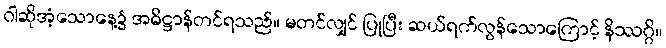
ဝါဆိုအံ့သောနေ့၌ အဓိဋ္ဌာန်တင်ရသည်။ မတင်လျှင် ပြုပြီး ဆယ်ရက်လွန်သောကြောင့် နိဿဂ္ဂိ။